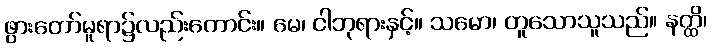
ဖွားတော်မူရာ၌လည်းကောင်း။ မေ၊ ငါဘုရားနှင့်။ သမော၊ တူသောသူသည်။ နတ္ထိ၊